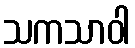
သကသာဝါ